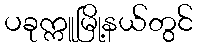
ပခုက္ကူမြို့နယ်တွင်